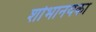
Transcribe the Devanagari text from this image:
शोभानयका